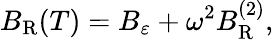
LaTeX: B_{\mathrm{R}}(T)=B_{\varepsilon}+\omega^{2}B_{\mathrm{R}}^{(2)},